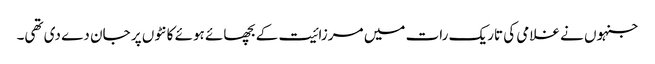
جنہوں نے غلامی کی تاریک رات میں مرزائیت کے بچھائے ہوئے کانٹوں پر جان دے دی تھی۔